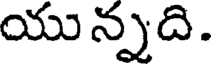
యున్నది.